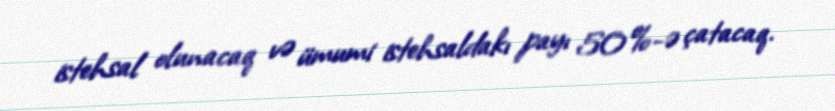
istehsal olunacaq və ümumi istehsaldakı payı 50%-ə çatacaq.